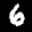
Label: 6